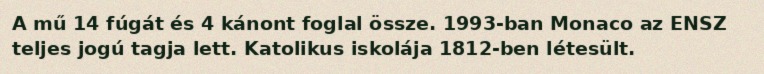
A mű 14 fúgát és 4 kánont foglal össze. 1993-ban Monaco az ENSZ teljes jogú tagja lett. Katolikus iskolája 1812-ben létesült.